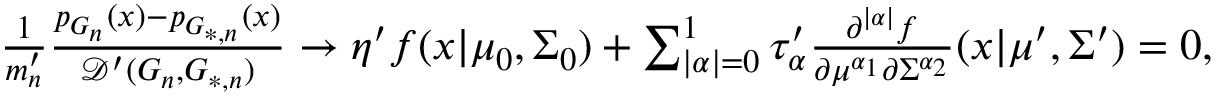
\begin{array} { r } { \frac { 1 } { m _ { n } ^ { \prime } } \frac { p _ { G _ { n } } ( x ) - p _ { G _ { * , n } } ( x ) } { \mathcal { D } ^ { \prime } ( G _ { n } , G _ { * , n } ) } \to \eta ^ { \prime } f ( x | \mu _ { 0 } , \Sigma _ { 0 } ) + \sum _ { | \alpha | = 0 } ^ { 1 } { \tau _ { \alpha } ^ { \prime } \frac { \partial ^ { | \alpha | } { f } } { \partial { \mu ^ { \alpha _ { 1 } } } \partial { \Sigma ^ { \alpha _ { 2 } } } } ( x | \mu ^ { \prime } , \Sigma ^ { \prime } ) } = 0 , } \end{array}